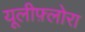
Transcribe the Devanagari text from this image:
यूलीफ़्लोरा